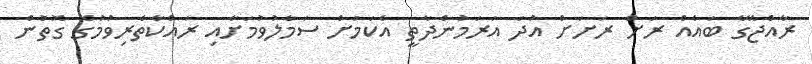
ރާއްޖޭގެ ބައެއް ރަށް ރަށަށް އުދަ އަރަމުންދާތީ އެކަމަށް ސަމާލުވުމަށާއި ރައްކާތެރިވުމުގެ ގޮތުން